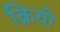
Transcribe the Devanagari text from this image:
क्रियो